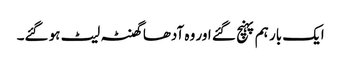
ایک بار ہم پہنچ گئے اور وہ آدھا گھنٹہ لیٹ ہو گئے۔